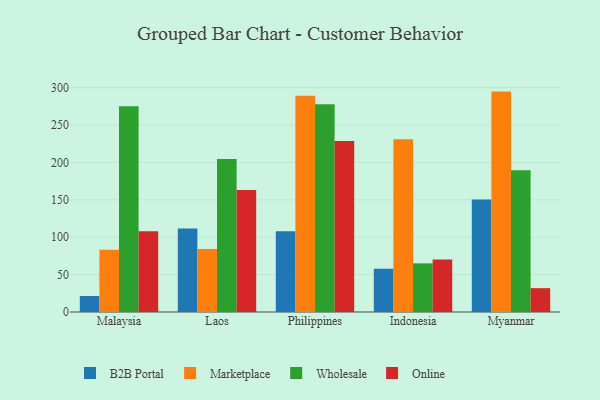
{"axis": {"x": "Country", "y": "Shipments"}, "legend": ["B2B Portal", "Marketplace", "Online", "Wholesale"], "data": [{"x": "Malaysia", "y": 21.4, "type": "B2B Portal"}, {"x": "Malaysia", "y": 83.4, "type": "Marketplace"}, {"x": "Malaysia", "y": 275.3, "type": "Wholesale"}, {"x": "Malaysia", "y": 108.1, "type": "Online"}, {"x": "Laos", "y": 111.6, "type": "B2B Portal"}, {"x": "Laos", "y": 84.1, "type": "Marketplace"}, {"x": "Laos", "y": 204.7, "type": "Wholesale"}, {"x": "Laos", "y": 163.3, "type": "Online"}, {"x": "Philippines", "y": 107.9, "type": "B2B Portal"}, {"x": "Philippines", "y": 289.1, "type": "Marketplace"}, {"x": "Philippines", "y": 278.0, "type": "Wholesale"}, {"x": "Philippines", "y": 228.6, "type": "Online"}, {"x": "Indonesia", "y": 58.0, "type": "B2B Portal"}, {"x": "Indonesia", "y": 231.0, "type": "Marketplace"}, {"x": "Indonesia", "y": 65.0, "type": "Wholesale"}, {"x": "Indonesia", "y": 70.3, "type": "Online"}, {"x": "Myanmar", "y": 150.4, "type": "B2B Portal"}, {"x": "Myanmar", "y": 294.8, "type": "Marketplace"}, {"x": "Myanmar", "y": 189.5, "type": "Wholesale"}, {"x": "Myanmar", "y": 31.9, "type": "Online"}]}